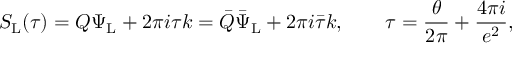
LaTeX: S _ { \mathrm { L } } ( \tau ) = Q \Psi _ { \mathrm { L } } + 2 \pi i \tau k = \bar { Q } \bar { \Psi } _ { \mathrm { L } } + 2 \pi i \bar { \tau } k , \qquad \tau = \frac { \theta } { 2 \pi } + \frac { 4 \pi i } { e ^ { 2 } } ,